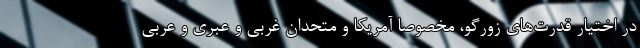
در اختیار قدرت‌های زورگو، مخصوصاً آمریکا و متحدان غربی و عبری و عربی